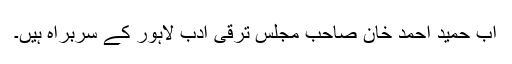
اب حمید احمد خان صاحب مجلس ترقی ادب لاہور کے سربراہ ہیں۔